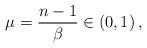
LaTeX: \begin{align*} \mu = \frac{n-1}{\beta} \in (0, 1) \, ,\end{align*}